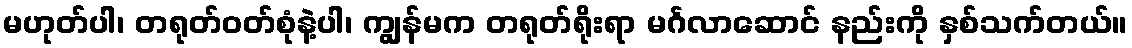
မဟုတ်ပါ၊ တရုတ်ဝတ်စုံနဲ့ပါ၊ ကျွန်မက တရုတ်ရိုးရာ မင်္ဂလာဆောင် နည်းကို နှစ်သက်တယ်။